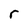
Character: r